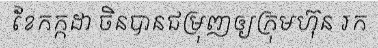
ខែកក្កដា ចិនបានជម្រុញឲ្យក្រុមហ៊ុន រក